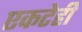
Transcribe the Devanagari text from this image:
एकटेही